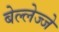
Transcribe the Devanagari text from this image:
बेल्लेज्जे